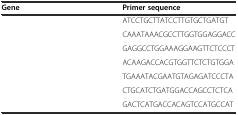
<table><thead><tr><td><b>Gene</b></td><td><b>Primer sequence</b></td></tr></thead><tbody><tr><td>[EMPTY_CELL]</td><td>ATCCTGCTTATCCTTGTGCTGATGT</td></tr><tr><td>[EMPTY_CELL]</td><td>CAAATAAACGCCTTGGTGGAGGACC</td></tr><tr><td>[EMPTY_CELL]</td><td>GAGGCCTGGAAAGGAAGTTCTCCCT</td></tr><tr><td>[EMPTY_CELL]</td><td>ACAAGACCACGTGGTTCTCTGTGGA</td></tr><tr><td>[EMPTY_CELL]</td><td>TGAAATACGAATGTAGAGATCCCTA</td></tr><tr><td>[EMPTY_CELL]</td><td>CTGCATCTGATGGACCAGCCTCTCA</td></tr><tr><td>[EMPTY_CELL]</td><td>GACTCATGACCACAGTCCATGCCAT</td></tr></tbody></table>